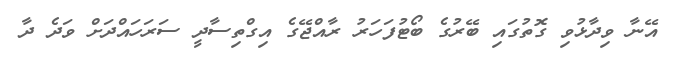
އޭނާ ވިދާޅުވި ގޮތުގައި ބޭރުގެ ބޯޓުފަހަރު ރާއްޖޭގެ އިގްތިސާދީ ސަރަހައްދަށް ވަދެ ދާ